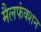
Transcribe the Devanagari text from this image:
मैलफंक्शन